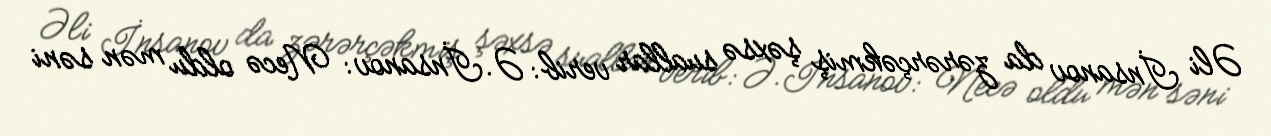
Əli İnsanov da zərərçəkmiş şəxsə suallar verib: Ə.İnsanov: Necə oldu mən səni